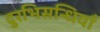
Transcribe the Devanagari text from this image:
दुरभिसन्धियाँ